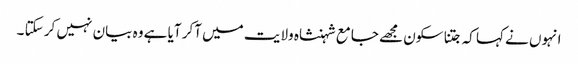
انہوں نے کہا کہ جتنا سکون مجھے جامع شہنشاہ ولایت میں آکر آیا ہے وہ بیان نہیں کر سکتا ۔